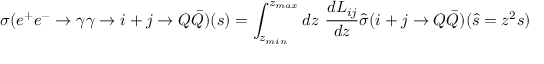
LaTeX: \sigma ( e ^ { + } e ^ { - } \rightarrow \gamma \gamma \rightarrow i + j \rightarrow Q \bar { Q } ) ( s ) = \int _ { z _ { m i n } } ^ { z _ { m a x } } d z ~ \frac { d L _ { i j } } { d z } \hat { \sigma } ( i + j \rightarrow Q \bar { Q } ) ( \hat { s } = z ^ { 2 } s )